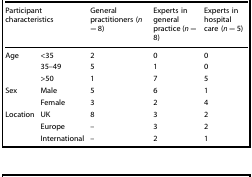
<table><thead><tr><td colspan="2"><b>Participant characteristics</b></td><td><b>General practitioners (<i>n</i> = 8)</b></td><td><b>Experts in general practice (<i>n</i> = 8)</b></td><td><b>Experts in hospital care (<i>n</i> = 5)</b></td></tr></thead><tbody><tr><td rowspan="3">Age</td><td>&lt;35</td><td>2</td><td>0</td><td>0</td></tr><tr><td>35–49</td><td>5</td><td>1</td><td>0</td></tr><tr><td>&gt;50</td><td>1</td><td>7</td><td>5</td></tr><tr><td rowspan="2">Sex</td><td>Male</td><td>5</td><td>6</td><td>1</td></tr><tr><td>Female</td><td>3</td><td>2</td><td>4</td></tr><tr><td rowspan="3">Location</td><td>UK</td><td>8</td><td>3</td><td>2</td></tr><tr><td>Europe</td><td>–</td><td>3</td><td>2</td></tr><tr><td>International</td><td>–</td><td>2</td><td>1</td></tr></tbody></table>